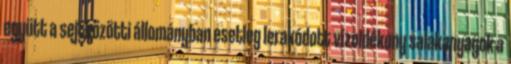
együtt a sejtközötti állományban esetleg lerakódott vízoldékony salakanyagok a